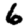
Digit: 6